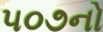
૫૦૭નો